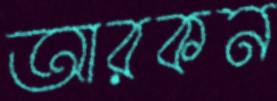
আরকন